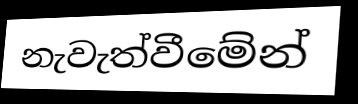
නැවැත්වීමේන්